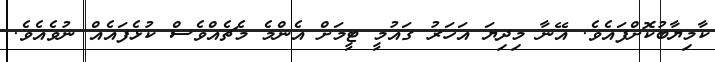
ކާމިޔާބުކޮށްފައެވެ. އޭނާ މިދިޔަ އަހަރު ގައުމީ ޓީމަށް އެންމެ މެޗެއްވެސް ކުޅެފައެއް ނުވެއެވެ.